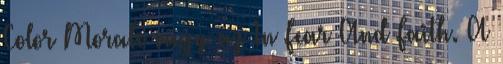
Color Morale vagy az In Fear And Faith. A